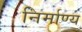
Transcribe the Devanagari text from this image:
निर्माण्य